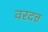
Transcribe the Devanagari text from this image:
वरदत्त